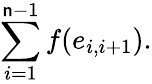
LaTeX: \sum_{i=1}^{\mathsf{n}-1}f(e_{i,i+1}).